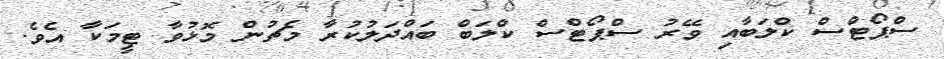
ސްޕޯޓްސް ކްލަބާއި ވޭރު ސްޕޯޓްސް ކްލަބް ބައްދަލުކުރާ މެޗުން މޮޅުވާ ޓީމަކާ އެވެ.